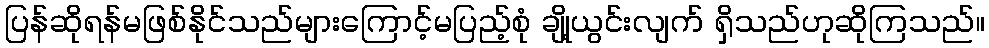
ပြန်ဆိုရန်မဖြစ်နိုင်သည်များကြောင့်မပြည့်စုံ ချို့ယွင်းလျက် ရှိသည်ဟုဆိုကြသည်။